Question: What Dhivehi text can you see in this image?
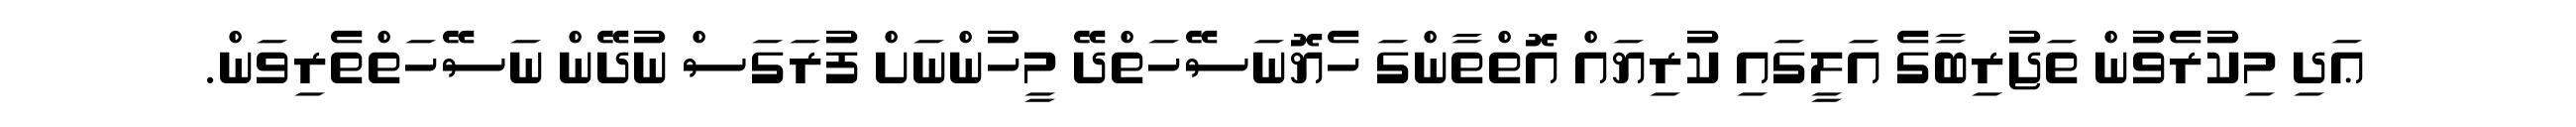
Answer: ޢަދި މިކުރެވުން ތަޖުރިބާގެ އަލީގައި ކުރިޔައް އޮތްތާންގަ ހެޔޮނަސޭހަތްދޭ މީހުންނަށް ފުރަގަސް ނުދޭން ނަސޭހަތްތެރިވަން.